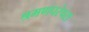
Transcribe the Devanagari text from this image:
श्रमणपरंपरा